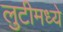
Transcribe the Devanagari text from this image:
लुटीमध्ये